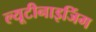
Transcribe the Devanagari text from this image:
ल्यूटीनाइजिंग